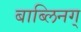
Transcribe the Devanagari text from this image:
बाब्लिनग्